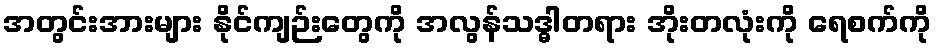
အတွင်းအားများ နိုင်ကျဉ်းတွေကို အလွန်သဒ္ဓါတရား အိုးတလုံးကို ရေစက်ကို